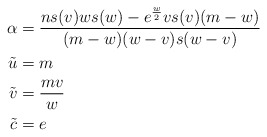
\begin{align*}\alpha & = {ns(v)ws(w)-e^{w\over2}vs(v)(m-w)\over (m-w)(w-v)s(w-v)} \cr\tilde u & = m \cr\tilde v & = {mv\over w} \cr\tilde c & = e \end{align*}